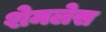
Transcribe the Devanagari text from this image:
शेमलेस